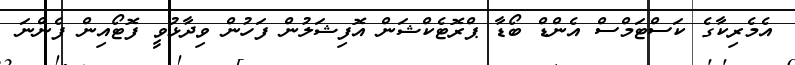
އެމެރިކާގެ ކަސްޓަމްސް އެންޑް ބޯޑާ ޕްރޮޓެކްޝަން އޮފިޝަލުން ފަހުން ވިދާޅުވީ ފޮޓޯއިން ފެންނަ